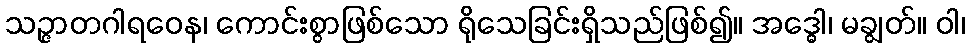
သဉ္ဇာတဂါရဝေန၊ ကောင်းစွာဖြစ်သော ရိုသေခြင်းရှိသည်ဖြစ်၍။ အဒ္ဓေါ၊ မချွတ်။ ဝါ၊